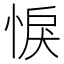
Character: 悷